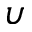
\upsilon